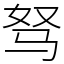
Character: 驽